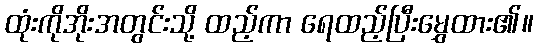
ထုံးကိုအိုးအတွင်းသို့ ထည့်ကာ ရေထည့်ပြီးမွှေထား၏။